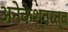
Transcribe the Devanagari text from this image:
अनेकेश्वरत्व